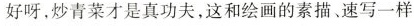
好呀，炒青菜才是真功夫，这和绘画的素描、速写一样